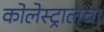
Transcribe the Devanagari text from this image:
कोलेस्ट्रालचा